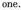
one.